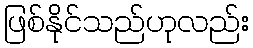
ဖြစ်နိုင်သည်ဟုလည်း